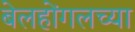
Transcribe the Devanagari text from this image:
बेलहोंगलच्या